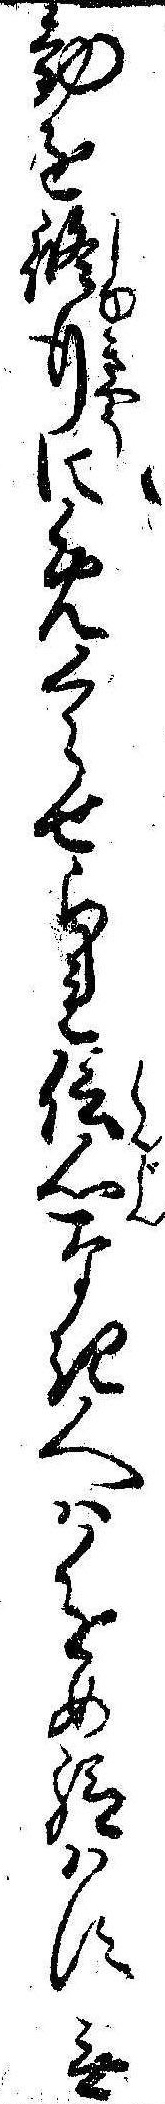
勧進修行にめくらせられ信心なき人は進め給はす無